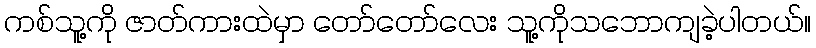
ကစ်သူ့ကို ဇာတ်ကားထဲမှာ တော်တော်လေး သူ့ကိုသဘောကျခဲ့ပါတယ်။